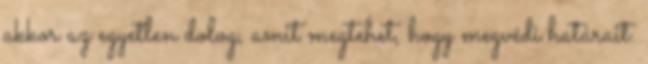
akkor az egyetlen dolog, amit megtehet, hogy megvédi határait.